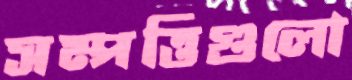
সম্পত্তিগুলো